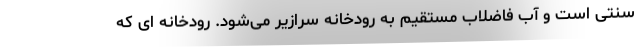
سنتی است و آب فاضلاب مستقیم به رودخانه سرازیر می‌شود. رودخانه ای که